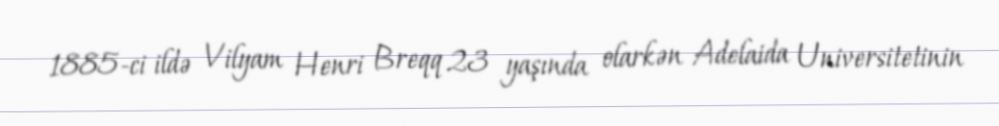
1885-ci ildə Vilyam Henri Breqq 23 yaşında olarkən Adelaida Universitetinin